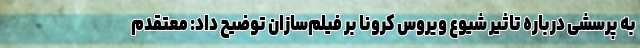
به پرسشی درباره تاثیر شیوع ویروس کرونا بر فیلم‌سازان توضیح داد: معتقدم